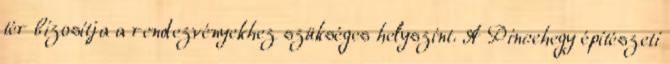
tér bizosítja a rendezvényekhez szükséges helyszínt. A Pincehegy építészeti